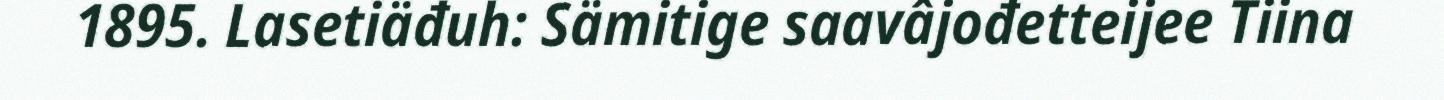
1895. Lasetiäđuh: Sämitige saavâjođetteijee Tiina